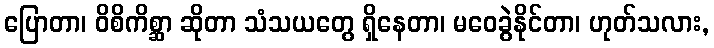
ပြောတာ၊ ဝိစိကိစ္ဆာ ဆိုတာ သံသယတွေ ရှိနေတာ၊ မဝေခွဲနိုင်တာ၊ ဟုတ်သလား,